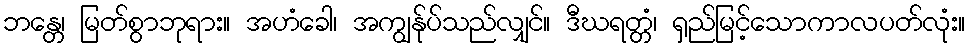
ဘန္တေ၊ မြတ်စွာဘုရား။ အဟံခေါ၊ အကျွန်ုပ်သည်လျှင်။ ဒီဃရတ္တံ၊ ရှည်မြင့်သောကာလပတ်လုံး။